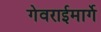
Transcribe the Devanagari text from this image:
गेवराईमार्गे